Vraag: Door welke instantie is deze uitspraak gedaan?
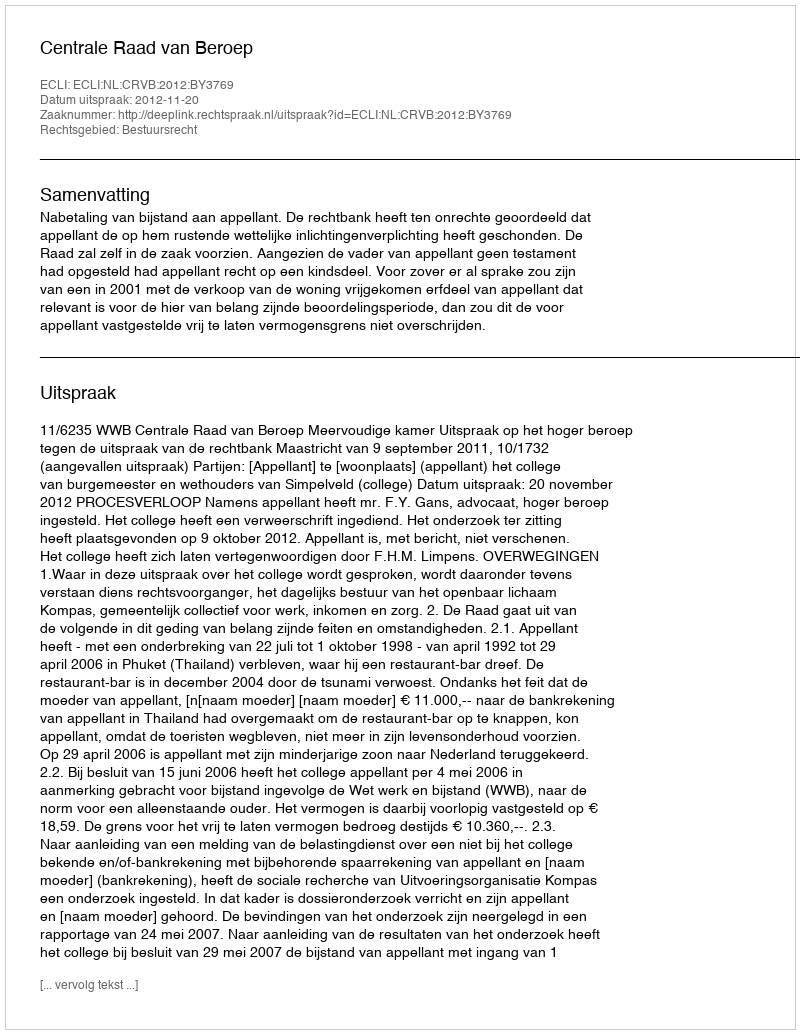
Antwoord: Centrale Raad van Beroep